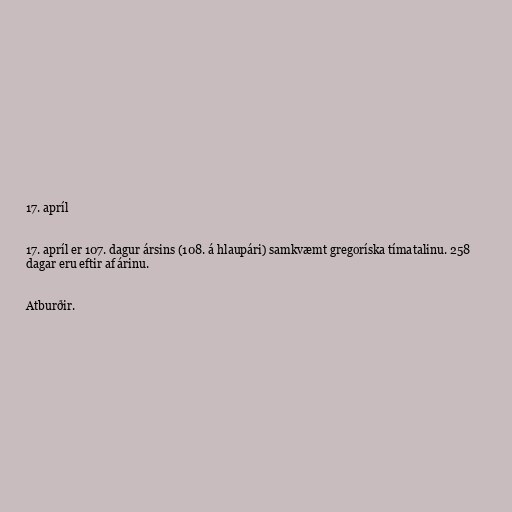
17. apríl

17. apríl er 107. dagur ársins (108. á hlaupári) samkvæmt gregoríska tímatalinu. 258
dagar eru eftir af árinu.

Atburðir.